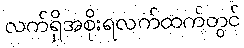
လက်ရှိအစိုးရလက်ထက်တွင်